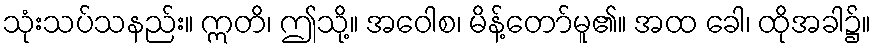
သုံးသပ်သနည်း။ ဣတိ၊ ဤသို့။ အဝေါစ၊ မိန့်တော်မူ၏။ အထ ခေါ၊ ထိုအခါ၌။